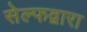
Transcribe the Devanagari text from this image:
सेल्फद्वारा